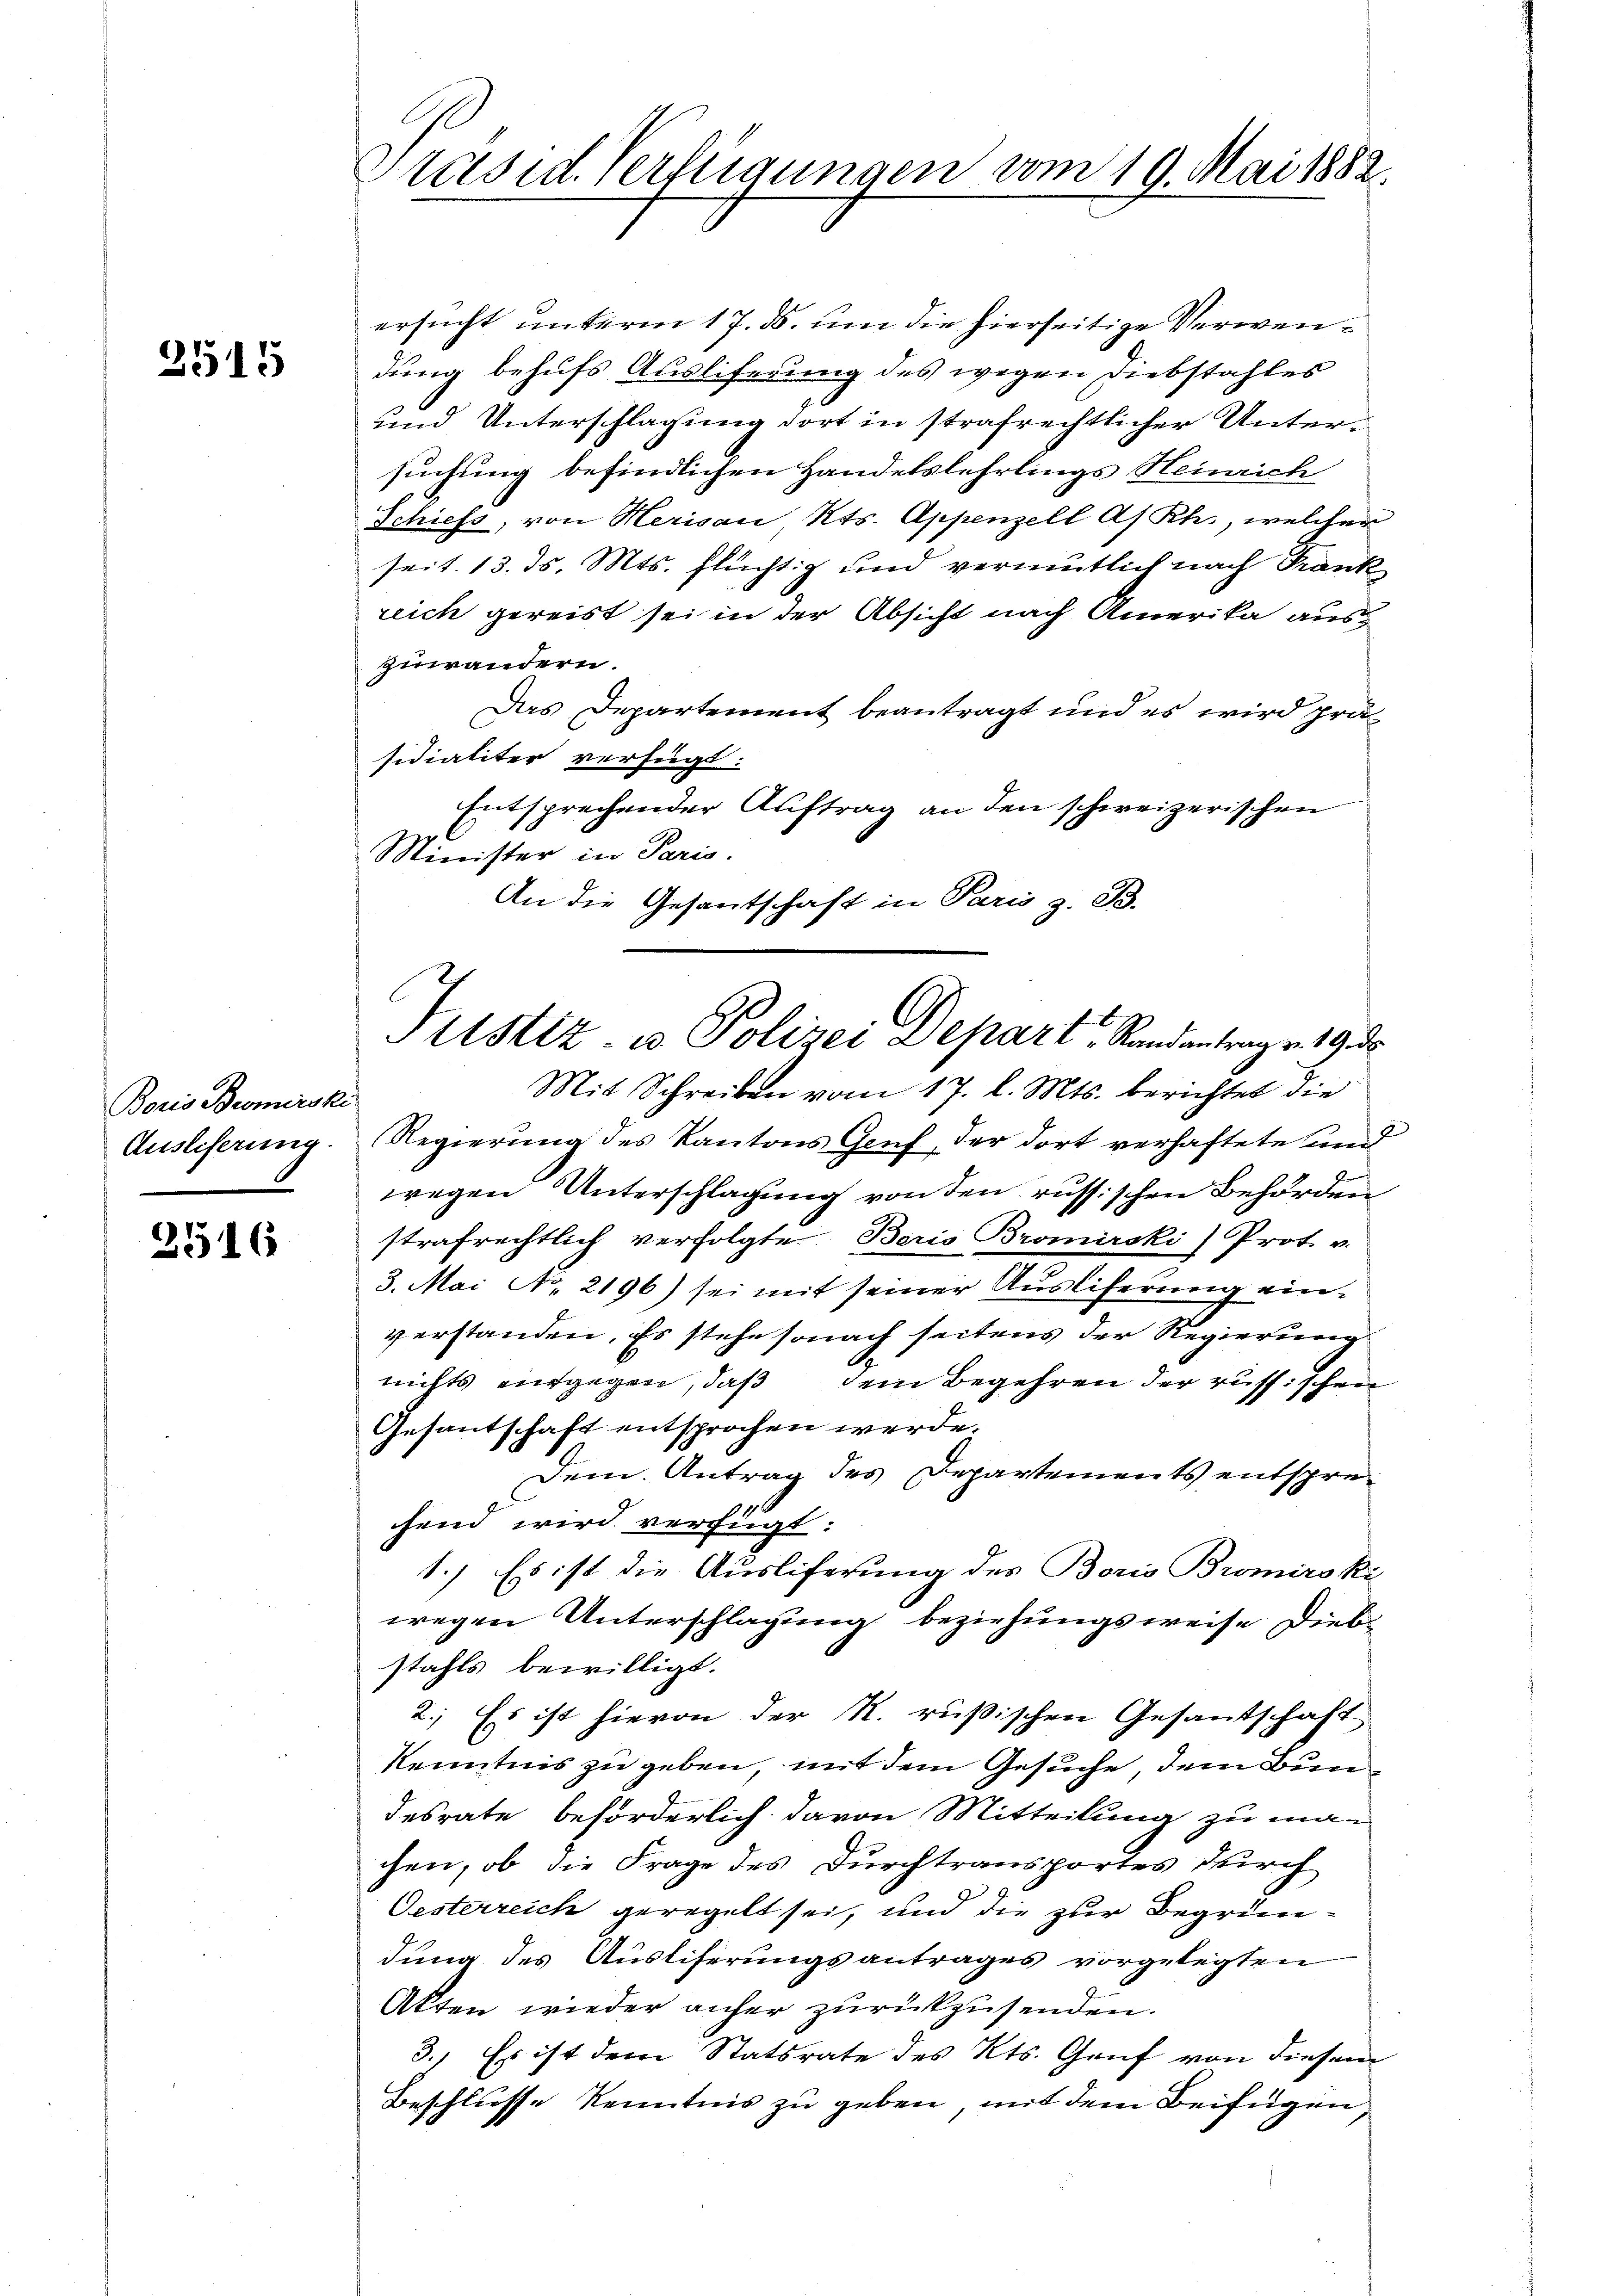
2515

Boris Bromirski
Ausliserung.

2516

ersucht unterm 17. ds. um die hierseitige Verwendung behufs Ausliferung des wegen Diebstahles
und Unterschlagung dort in strafrechtlicher Untersuchung befindlichen Handelslehrlings Heinrich
Schiess, von Herisau Kts. Appenzell As Rh., welcher
seit. 13. ds. Mts. Flüchtig und vermutlich nach Frank
reich gereist sei in der Absicht nach Amerika auszuwändern.
Das Departement beantragt und es wird präsidialiter verfügt:
Entsprechender Auftrag an den schweizerischen
Minister in Paris.
An die Gesantschaft in Paris z. B.

Präsid. Verfügungen vom 19. Mai 1882.

Justiz- u Polizei Depart, Randantrage 1930

Mit Schreiben vom 17. l. Mts. berichtet die
Regierung des Kantons Genf, der dort verhaftete und
wegen Unterschlagung von den russischen Behörden
strafrechtlich verfolgte Beris Bromircki) Prot. v.
3. Mai No. 2196) sei mit seiner Ausliferung einverstanden. Es stehe sonach seitens der Regierung
nichts aufgegen, daß dem Begehren der russischen
Gesantschaft entsprochen werde.
Dem Antrag des Departements entspresend wird verfügt:
1.) Es ist die Ausliferung des Boris Bromiroki
wegen Unterschlagung beziehungsweise Diebstahls bewilligt.
2.) Es ist hievon der R. rußischen Gesantschaft
Kenntnis zu geben, mit dem Gesuche, dem Bundesrate beförderlich davon Mitteilung zu ma-
chen, ob die Frage des Durchtransportes durch
Oesterreich geregelt sei, und die zur Begründung des Auslieferungsantrages vorgelegten
Akten wieder anher zurückzusenden.
3. Es ist dem Statsrate des Kts. Genf von diesem
Beschlusse Kenntnis zu geben, mit dem Beifügen